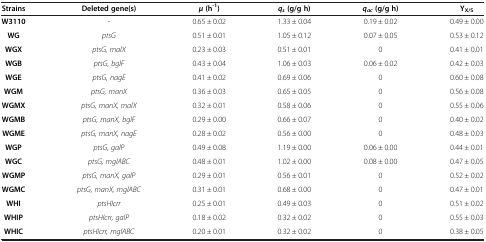
<table><thead><tr><td><b>Strains</b></td><td><b>Deleted gene(s)</b></td><td><b><i>μ </i>(h<sup>-1</sup>)</b></td><td><b><i>q</i><sub><i>s </i></sub>(g/g h)</b></td><td><b><i>q</i><sub><i>ac </i></sub>(g/g h)</b></td><td><b>Y<sub>X/S</sub></b></td></tr></thead><tbody><tr><td><b>W3110</b></td><td>-</td><td>0.65 ± 0.02</td><td>1.33 ± 0.04</td><td>0.19 ± 0.02</td><td>0.49 ± 0.00</td></tr><tr><td><b>WG</b></td><td><i>ptsG</i></td><td>0.51 ± 0.01</td><td>1.05 ± 0.12</td><td>0.07 ± 0.05</td><td>0.53 ± 0.12</td></tr><tr><td><b>WGX</b></td><td><i>ptsG, malX</i></td><td>0.23 ± 0.03</td><td>0.51 ± 0.01</td><td>0</td><td>0.41 ± 0.01</td></tr><tr><td><b>WGB</b></td><td><i>ptsG, bglF</i></td><td>0.43 ± 0.04</td><td>1.06 ± 0.03</td><td>0.06 ± 0.02</td><td>0.42 ± 0.03</td></tr><tr><td><b>WGE</b></td><td><i>ptsG, nagE</i></td><td>0.41 ± 0.02</td><td>0.69 ± 0.06</td><td>0</td><td>0.60 ± 0.08</td></tr><tr><td><b>WGM</b></td><td><i>ptsG, manX</i></td><td>0.36 ± 0.03</td><td>0.65 ± 0.05</td><td>0</td><td>0.56 ± 0.08</td></tr><tr><td><b>WGMX</b></td><td><i>ptsG, manX, malX</i></td><td>0.32 ± 0.01</td><td>0.58 ± 0.06</td><td>0</td><td>0.55 ± 0.06</td></tr><tr><td><b>WGMB</b></td><td><i>ptsG, manX, bglF</i></td><td>0.29 ± 0.00</td><td>0.66 ± 0.07</td><td>0</td><td>0.40 ± 0.02</td></tr><tr><td><b>WGME</b></td><td><i>ptsG, manX, nagE</i></td><td>0.28 ± 0.02</td><td>0.56 ± 0.00</td><td>0</td><td>0.48 ± 0.03</td></tr><tr><td><b>WGP</b></td><td><i>ptsG, galP</i></td><td>0.49 ± 0.08</td><td>1.19 ± 0.00</td><td>0.06 ± 0.00</td><td>0.44 ± 0.01</td></tr><tr><td><b>WGC</b></td><td><i>ptsG, mglABC</i></td><td>0.48 ± 0.01</td><td>1.02 ± 0.00</td><td>0.08 ± 0.00</td><td>0.47 ± 0.05</td></tr><tr><td><b>WGMP</b></td><td><i>ptsG, manX, galP</i></td><td>0.29 ± 0.01</td><td>0.56 ± 0.01</td><td>0</td><td>0.52 ± 0.02</td></tr><tr><td><b>WGMC</b></td><td><i>ptsG, manX, mglABC</i></td><td>0.31 ± 0.01</td><td>0.68 ± 0.00</td><td>0</td><td>0.47 ± 0.01</td></tr><tr><td><b>WHI</b></td><td><i>ptsHIcrr</i></td><td>0.25 ± 0.01</td><td>0.49 ± 0.03</td><td>0</td><td>0.51 ± 0.02</td></tr><tr><td><b>WHIP</b></td><td><i>ptsHIcrr, galP</i></td><td>0.18 ± 0.02</td><td>0.32 ± 0.02</td><td>0</td><td>0.55 ± 0.03</td></tr><tr><td><b>WHIC</b></td><td><i>ptsHIcrr, mglABC</i></td><td>0.20 ± 0.01</td><td>0.32 ± 0.02</td><td>0</td><td>0.38 ± 0.05</td></tr></tbody></table>